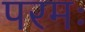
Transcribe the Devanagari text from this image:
परमः